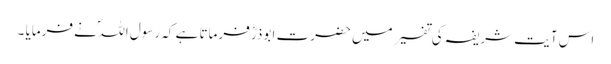
اس آیت شریفہ کی تفسیر میں حضرت ابوذرؓ فرماتا ہے کہ رسول اللہ ؐ نے فرمایا ۔